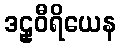
ဒဠှဝီရိယေန